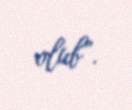
olub”.